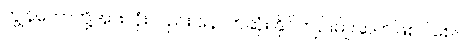
ကျွန်တော်တို့အားလုံးလည်း နောက်ဆုံး နိုင်ကျဉ်းမျိုးဆက်ဖြစ်ပါစေ။